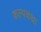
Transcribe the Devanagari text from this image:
कल्पकथा